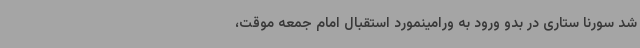
شد سورنا ستاری در بدو ورود به ورامینمورد استقبال امام جمعه موقت،